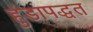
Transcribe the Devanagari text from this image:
हुंडापद्धत